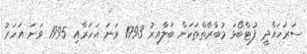
ސަރަހައްދީ ފުޓްބޯޅަ މުބާރާތްތަކަށް ބަލާއިރު 1993 ވަނަ އަހަރާއި 1995 ވަނަ އަހަރު